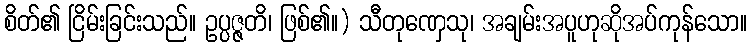
စိတ်၏ ငြိမ်းခြင်းသည်။ ဥပ္ပဇ္ဇတိ၊ ဖြစ်၏။) သီတုဏှေသု၊ အချမ်းအပူဟုဆိုအပ်ကုန်သော။